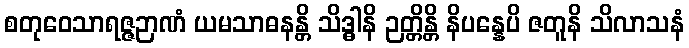
စတုဝေသာရဇ္ဇဉာဏံ ယမသာဓနန္တိ သိဒ္ဓါနိ ဉတ္တိန္တိ နိပန္နေပိ ဇတူနိ သိလာသနံ